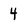
Character: 4